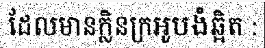
ដែលមានក្លិនក្រអូបងំឆ្អិត :